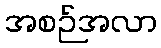
အစဉ်အလာ